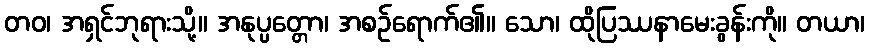
တဝ၊ အရှင်ဘုရားသို့။ အနုပ္ပတ္တော၊ အစဉ်ရောက်၏။ သော၊ ထိုပြဿနာမေးခွန်းကို။ တယာ၊